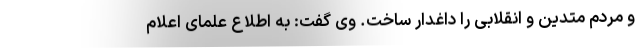
و مردم متدین و انقلابی را داغدار ساخت. وی گفت: به اطلاع علمای اعلام